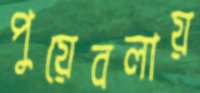
পুয়েবলায়